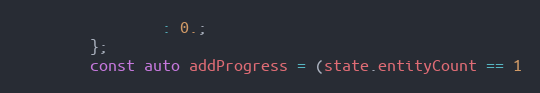
Language: C++
				: 0.;
		};
		const auto addProgress = (state.entityCount == 1